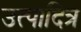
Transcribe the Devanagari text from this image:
उत्पादित्र